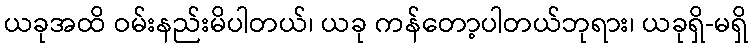
ယခုအထိ ဝမ်းနည်းမိပါတယ်၊ ယခု ကန်တော့ပါတယ်ဘုရား၊ ယခုရှိ-မရှိ